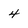
Character: 4